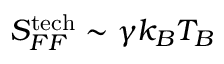
S _ { F F } ^ { \mathrm { t e c h } } \sim \gamma k _ { B } T _ { B }